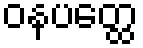
ဝနပတ္ထေ